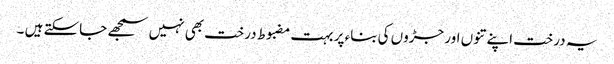
یہ درخت اپنے تنوں اور جڑوں کی بناء پر بہت مضبوط درخت بھی نہیں سمجھے جاسکتے ہیں ۔